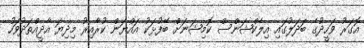
އޮގަރު ވަހީދުގެ ބަދަލުގައި އިލެކްޝަންސް ކޮމިޝަނަށް ބޭފުޅަކު އައްޔަން ކުރާއިރު މިދިޔަ އާދީއްތަދުވަހު